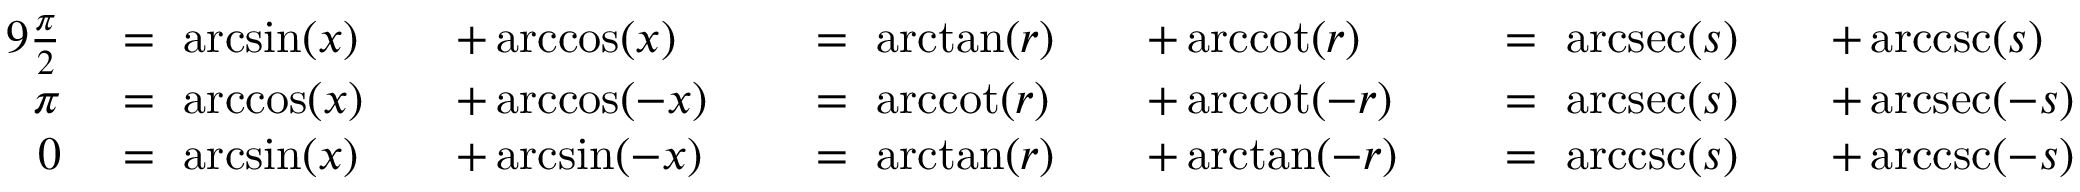
{ \begin{array} { r l r l r l r l r l r l } { { 9 } { \frac { \pi } { 2 } } ~ } & { = ~ \arcsin ( x ) } & & { + \operatorname { a r c c o s } ( x ) ~ } & & { = ~ \arctan ( r ) } & & { + \operatorname { a r c c o t } ( r ) ~ } & & { = ~ \operatorname { a r c s e c } ( s ) } & & { + \operatorname { a r c c s c } ( s ) } \\ { \pi ~ } & { = ~ \operatorname { a r c c o s } ( x ) } & & { + \operatorname { a r c c o s } ( - x ) ~ } & & { = ~ \operatorname { a r c c o t } ( r ) } & & { + \operatorname { a r c c o t } ( - r ) ~ } & & { = ~ \operatorname { a r c s e c } ( s ) } & & { + \operatorname { a r c s e c } ( - s ) } \\ { 0 ~ } & { = ~ \arcsin ( x ) } & & { + \arcsin ( - x ) ~ } & & { = ~ \arctan ( r ) } & & { + \arctan ( - r ) ~ } & & { = ~ \operatorname { a r c c s c } ( s ) } & & { + \operatorname { a r c c s c } ( - s ) } \end{array} }